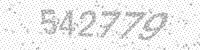
Solution: 542779